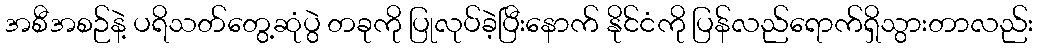
အစီအစဉ်နဲ့ ပရိသတ်တွေ့ဆုံပွဲ တခုကို ပြုလုပ်ခဲ့ပြီးနောက် နိုင်ငံကို ပြန်လည်ရောက်ရှိသွားတာလည်း